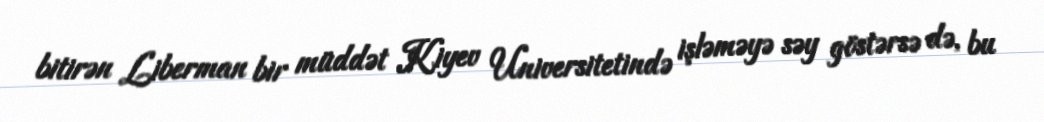
bitirən Liberman bir müddət Kiyev Universitetində işləməyə səy göstərsə də, bu